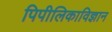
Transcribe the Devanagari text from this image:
पिपीलिकाविज्ञान